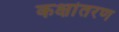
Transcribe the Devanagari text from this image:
कक्षांतरण